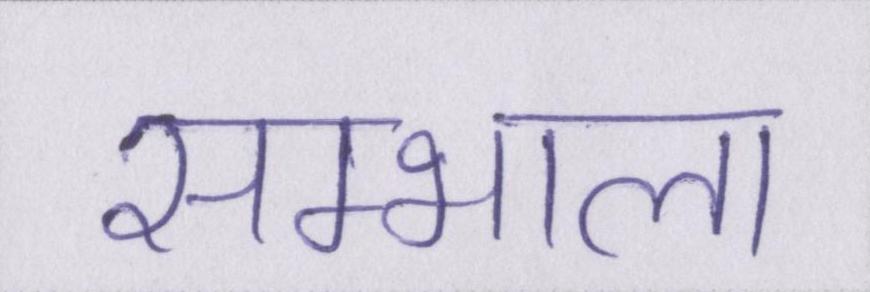
सम्भाला